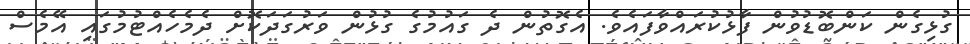
ގުޅިގެން ކަންބޮޑުވުން ފާޅުކުރައްވާފައެވެ. އެގޮތުން ދެ ގައުމުގެ ގުޅުން ވަރުގަދަކޮށް ދެމެހެއްޓުމުގައި އޭމެސް